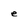
Character: e